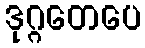
ဒုဂ္ဂတေပေ